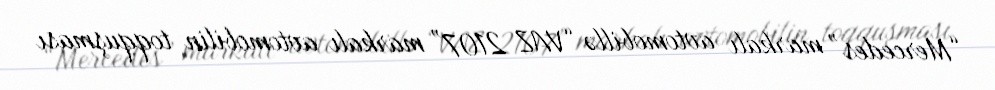
“Mercedes” markalı avtomobillə “VAZ 2107” markalı avtomobilin toqquşması